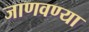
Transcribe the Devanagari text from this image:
जाणवण्या